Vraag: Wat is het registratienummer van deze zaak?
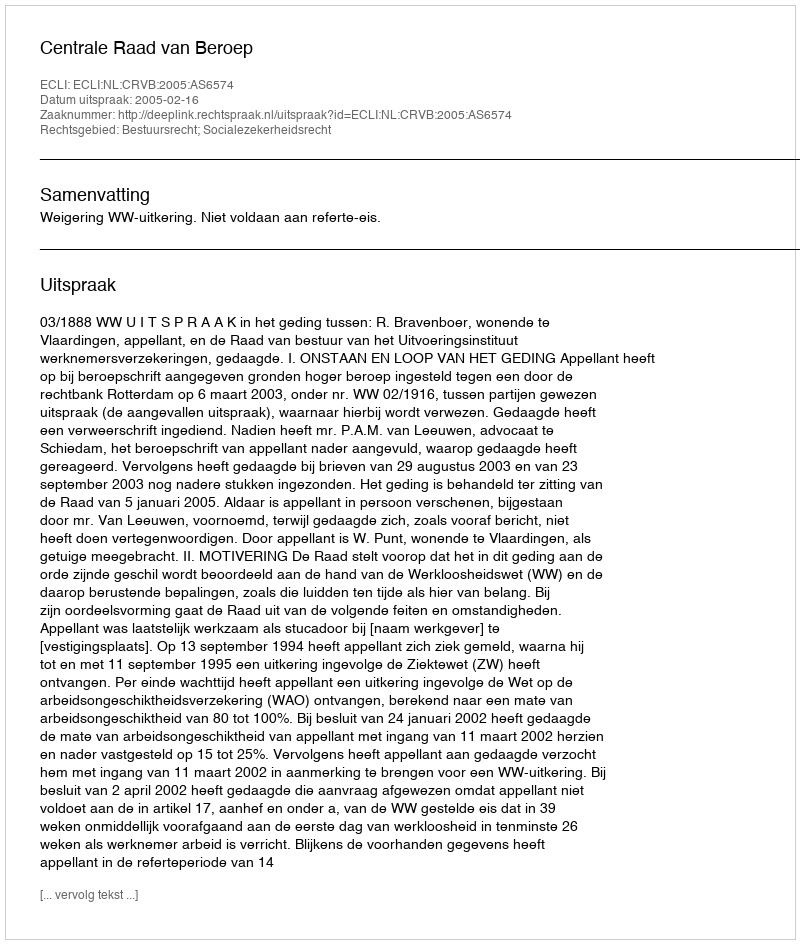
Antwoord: http://deeplink.rechtspraak.nl/uitspraak?id=ECLI:NL:CRVB:2005:AS6574